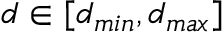
d \in [ d _ { m i n } , d _ { m a x } ]